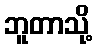
ဘူတာသို့